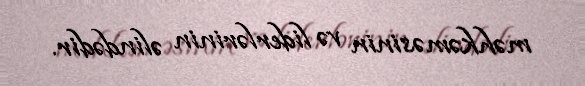
məhkəməsinin və liderlərinin əlindədir.